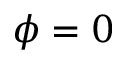
\phi = 0